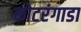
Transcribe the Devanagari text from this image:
कोटरंगाडा